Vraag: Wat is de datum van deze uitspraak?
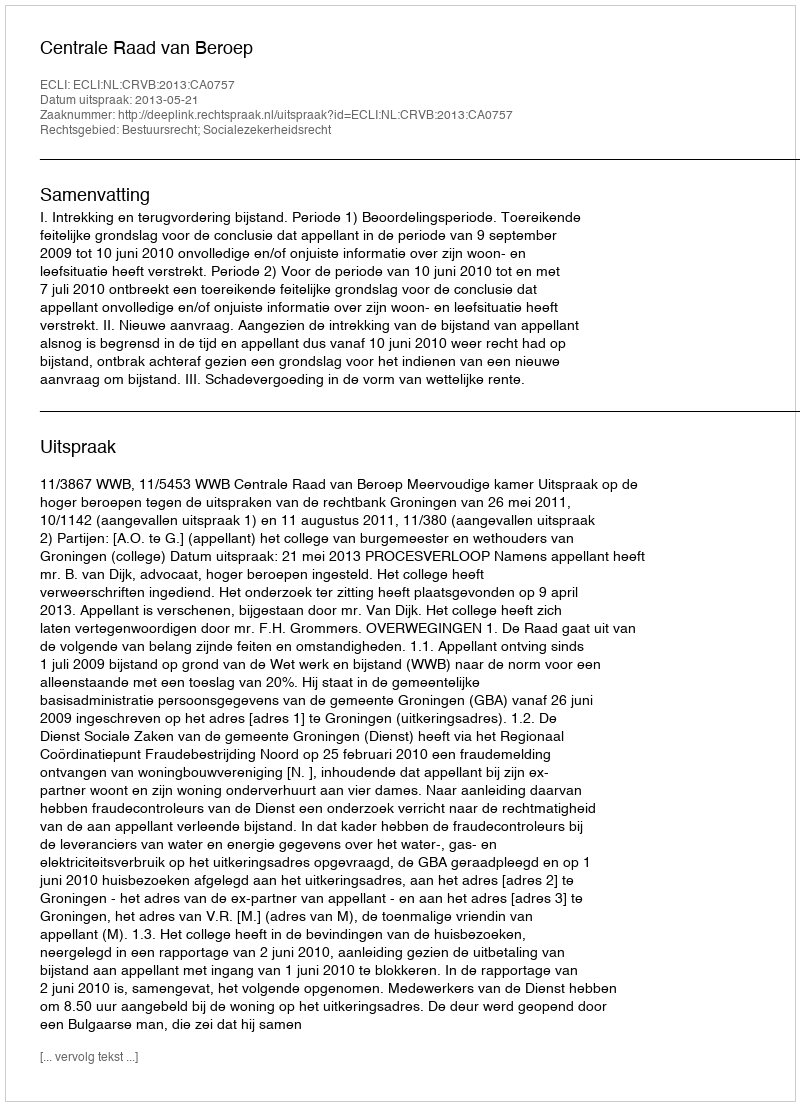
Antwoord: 2013-05-21